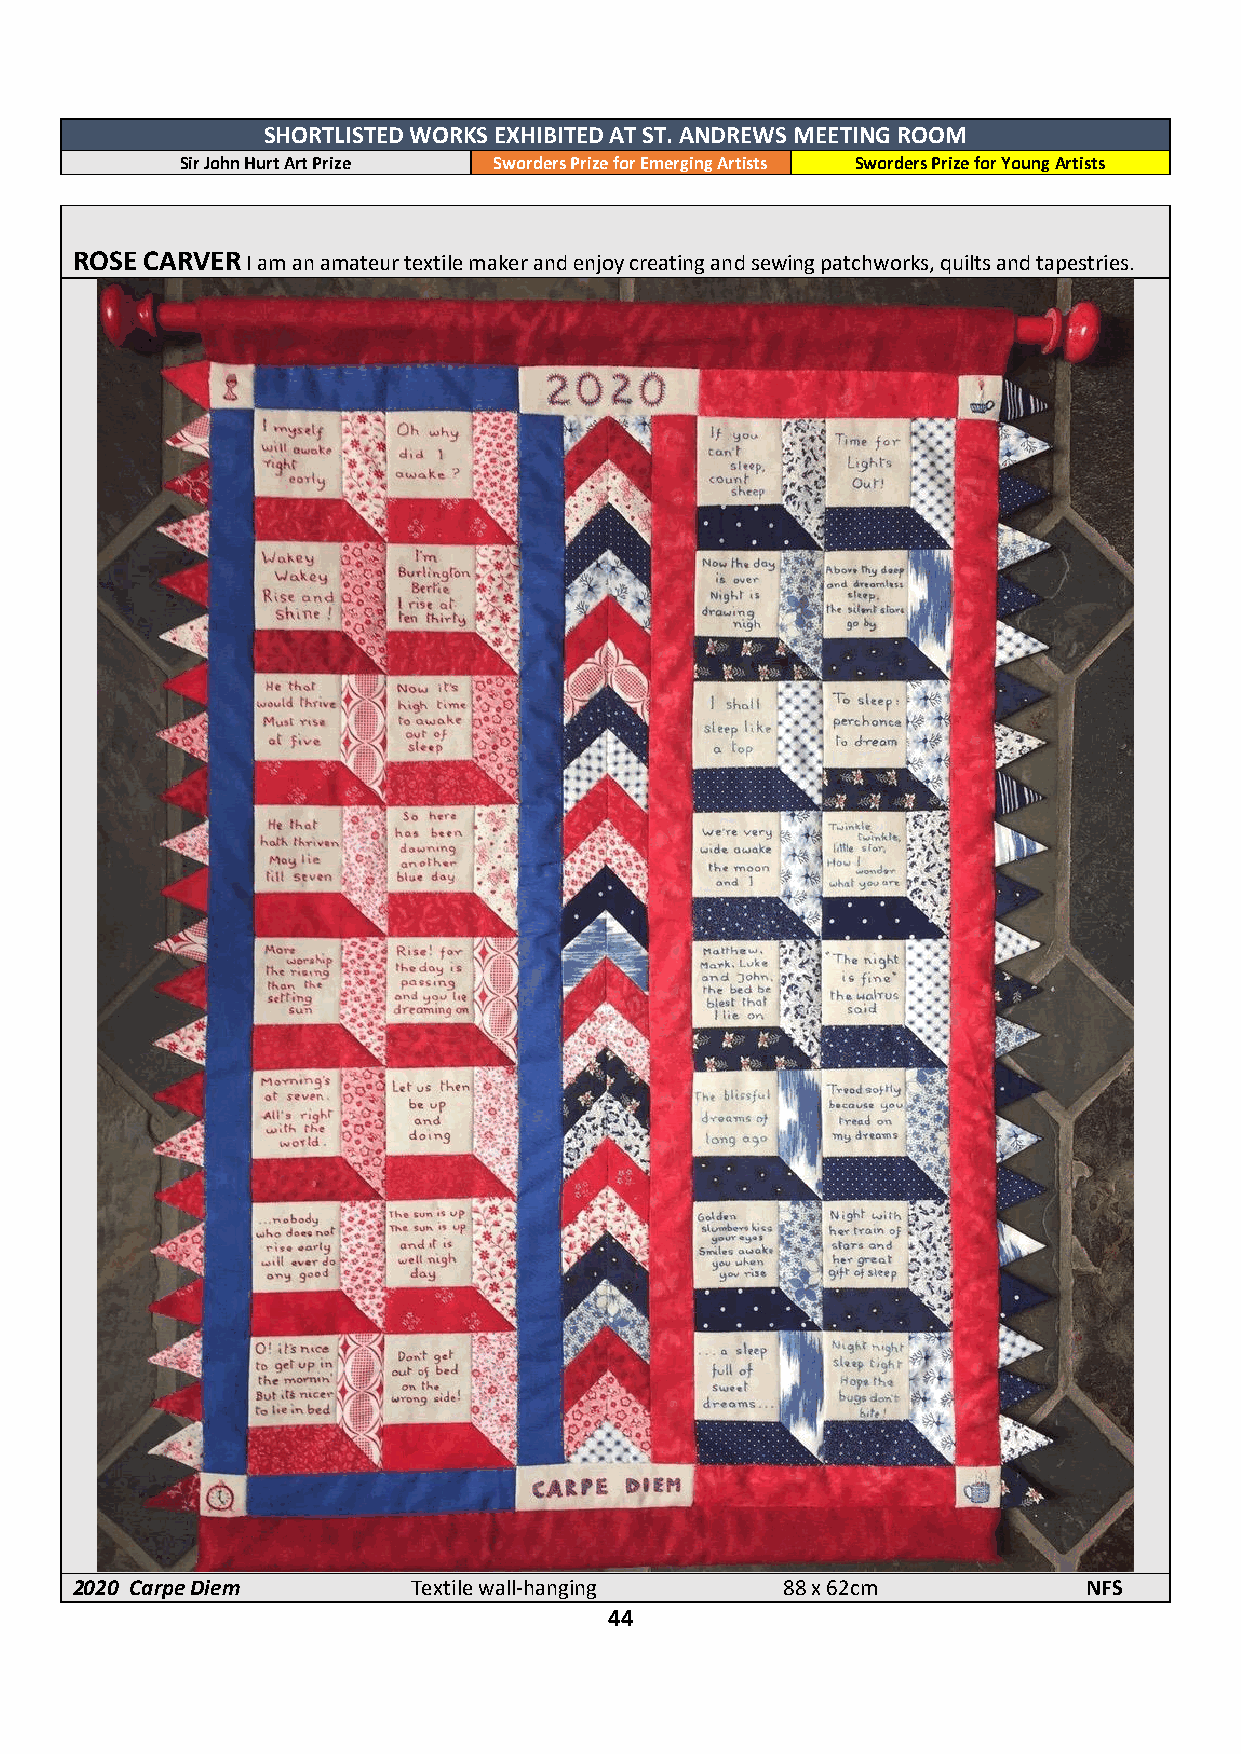
SHORTLISTED WORKS EXHIBITED AT ST. ANDREWS MEETING ROOM
 Sir John Hurt Art Prize Sworders Prize for Emerging Artists Sworders Prize for Young Artists
 ROSE CARVER I am an amateur textile maker and enjoy creating and sewing patchworks, quilts and tapestries.
 2020 Carpe Diem       Textile wall-hanging     88 x 62cm           NFS
 44